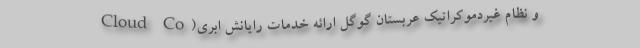
و نظام غیردموکراتیک عربستان گوگل ارائه خدمات رایانش ابری(Cloud Co